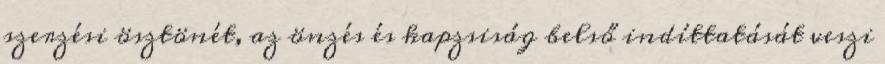
szerzési ösztönét, az önzés és kapzsiság belső indíttatását veszi